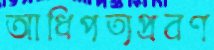
আধিপত্যপ্রবণ